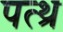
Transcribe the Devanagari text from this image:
पत्थ्र